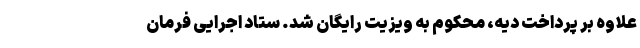
علاوه ‌بر پرداخت دیه، محکوم به ویزیت رایگان شد. ستاد اجرایی فرمان